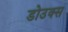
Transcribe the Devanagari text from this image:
डोउक्स